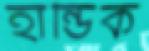
হান্ডিক